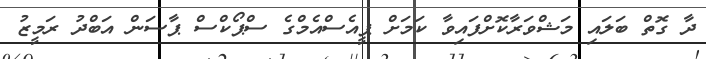
ދާ ގޮތް ބަލައި މަޝްވަރާކޮށްފައިވާ ކަމަށް ޕީއެސްއެމްގެ ސްޕޯކްސް ޕާސަން އަބްދު ރަމީޒު